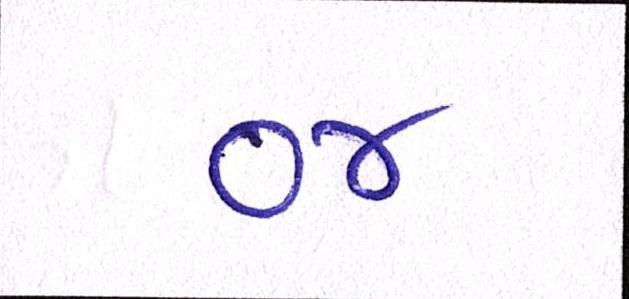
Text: ૦૪